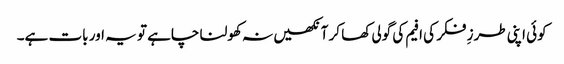
کوئی اپنی طرزِ فکر کی افیم کی گولی کھا کر آنکھیں نہ کھولنا چاہے تو یہ اور بات ہے۔